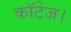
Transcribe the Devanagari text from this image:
कॉटेज।